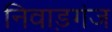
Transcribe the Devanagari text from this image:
निवाड़गंज